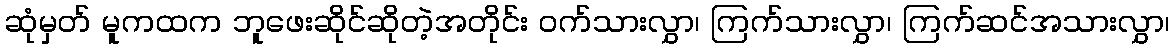
ဆုံမှတ် မူကထက ဘူဖေးဆိုင်ဆိုတဲ့အတိုင်း ဝက်သားလွှာ၊ ကြက်သားလွှာ၊ ကြက်ဆင်အသားလွှာ၊